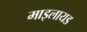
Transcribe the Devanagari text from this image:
माइलायड